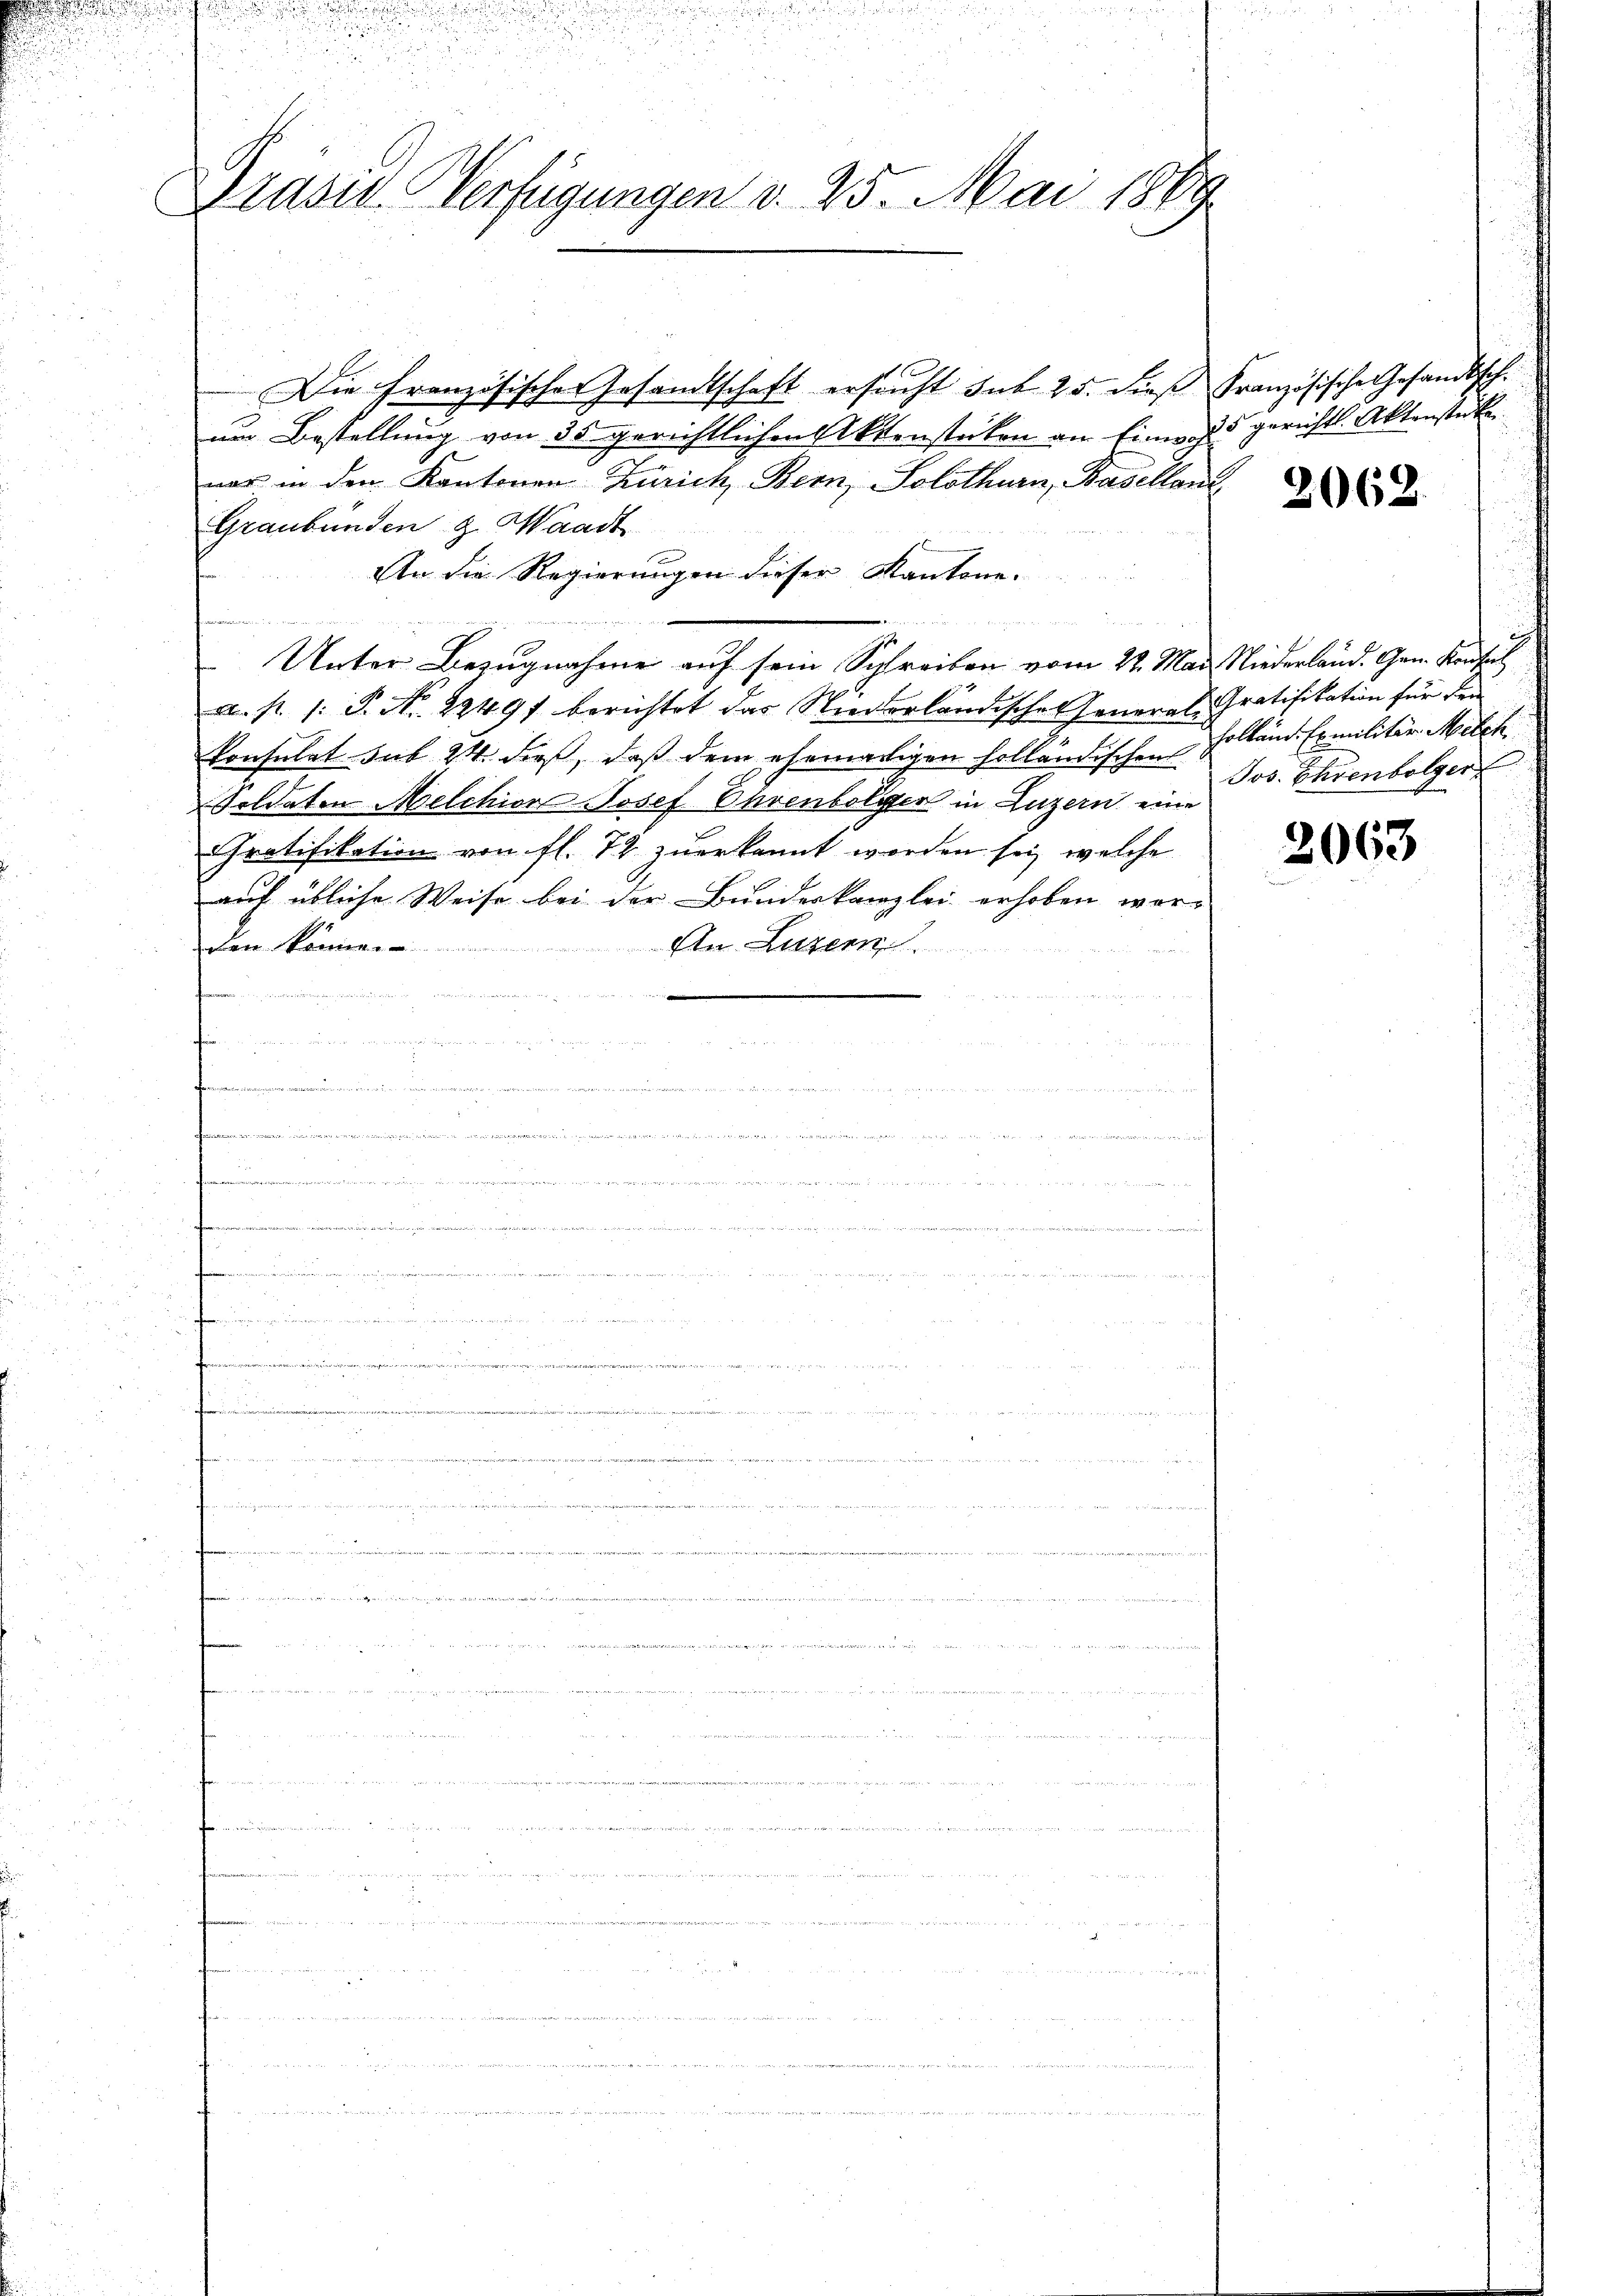
¬
.

Präsid. Verfügungen v. 25. Mai 1889.

Die Französischer Gesandtschaft ersucht sub. 25. dieß Französische Gesandtsch.
um Bestellung von 35 gerichtlichen Aktenstücken an Einwand gerichts. Aktenstücke
was in den Kantonen Zürich, Bern, Solothurn, Baselland
Graubünden z. Waadt
An die Regierungen dieser Kantone.

Unter Bezugnahme auf sein Schreiben vom 22. Mai, Niederland. Gen. Konseil
a. p. 1. P. Nr. 1849 berichtet das Niederländisches General- Gratifikation für dein
konsulat sub 24. dieß, daß dem ehemaligen holländischen Holländ. Exmilitär Melch
Woldaten Melchior Josef Ehrenbolger in Luzern eine
Gratifikation von fl. 72 zuerkannt worden sei, welche
auf übliche Weise bei der Bundeskanzlei erhoben wer-
den könne.
An Luzern
  den
n
n

.
.

2062.

Jos. Ehrenbolger

2063